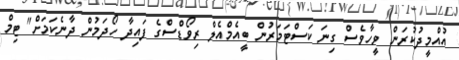
އުއްމީދުކުރަން ވީހާވެސް ގިނަ ކަސްޓަމަރުން ބީއެމްއެލް ރިވޯޑްސްގެ ފައިދާ ހޯދަމުން ދާނެކަމަށް" ޓިމް